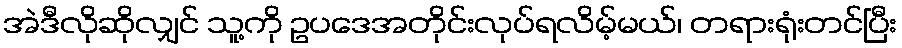
အဲဒီလိုဆိုလျှင် သူ့ကို ဥပဒေအတိုင်းလုပ်ရလိမ့်မယ်၊ တရားရုံးတင်ပြီး